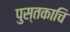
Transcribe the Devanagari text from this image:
पुस्तकाचि